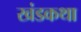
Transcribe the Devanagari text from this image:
खंडकथा